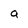
Character: a